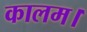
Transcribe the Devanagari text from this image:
कालम।